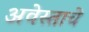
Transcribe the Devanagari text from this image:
अवेस्ताचे